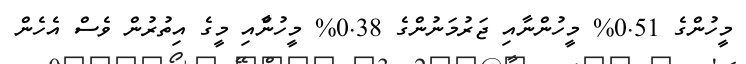
މީހުންގެ 0.51% މީހުންނާއި ޖަރުމަނުންގެ 0.38% މީހުންާއި މީގެ އިތުރުން ވެސް އެހެން